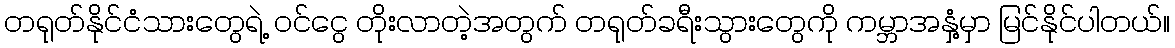
တရုတ်နိုင်ငံသားတွေရဲ့ ဝင်ငွေ တိုးလာတဲ့အတွက် တရုတ်ခရီးသွားတွေကို ကမ္ဘာအနှံ့မှာ မြင်နိုင်ပါတယ်။